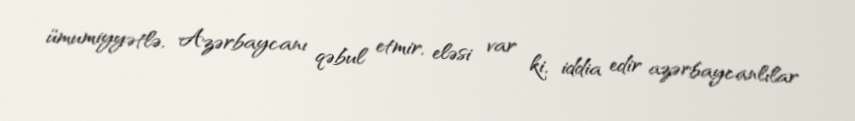
ümumiyyətlə, Azərbaycanı qəbul etmir, eləsi var ki, iddia edir azərbaycanlılar